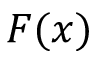
F ( x )